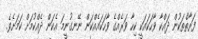
ފަރާތްތަކުން ދައްކާ ވާހަކައަކީ ކިހާ ވަރެއްގެ ވާހަކައެއްކަން ނޭނގުނީމަ އެކަން ދެއްކުމަށް ކަމަށެވެ.